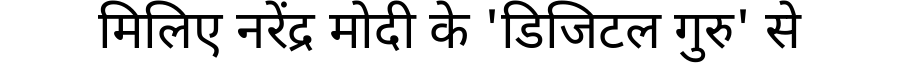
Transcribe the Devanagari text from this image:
मिलिए नरेंद्र मोदी के 'डिजिटल गुरु' से